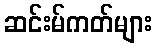
ဆင်းမ်ကတ်များ